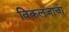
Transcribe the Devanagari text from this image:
विकलजाचा